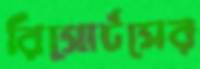
রিসোর্টসের